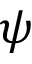
\psi